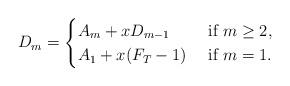
LaTeX: \begin{align*}D_m=\begin{cases}A_m+x D_{m-1} & \textrm{ if $m\ge 2$,} \\A_1+x(F_T-1) & \textrm{ if $m=1.$}\end{cases}\end{align*}